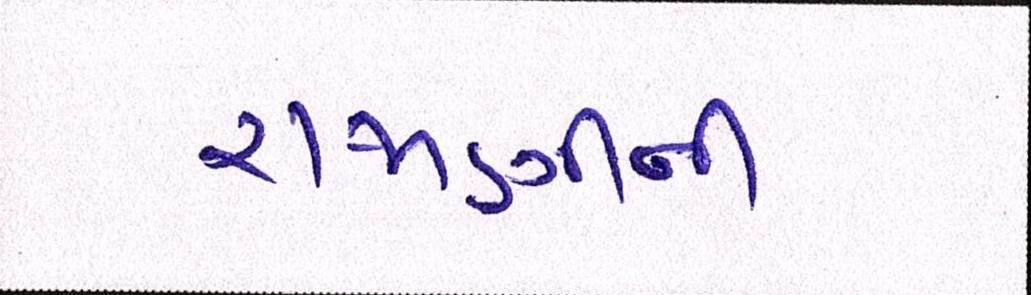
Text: રાજાણીની